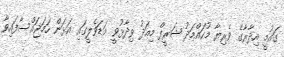
ގައުމީ އިދާރާގެ ވެރިޔާ މުހައްމަދު ޝަރީފް މިއަދު ވިދާޅުވީ މަޑަވެލީގައި އަޅަން ހަމަޖައްސާފައިވާ